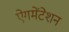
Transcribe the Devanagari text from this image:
ऐगमेंटेशन